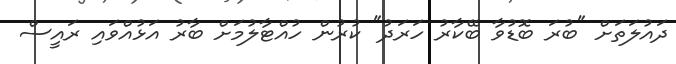
ދައުލަތަށް "ބުރަ ބޮޑުވާ ބޭކާރު ހަރަދު" ކުރުން ހުއްޓާލުމަށް ބާރު އަޅުއްވައި ރައީސް